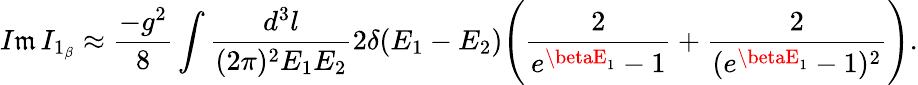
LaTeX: I\mathfrak{m}\, I_{1_{\beta}}\approx\frac{{-g^{2}}}{{8}}\int\frac{{d^{3}l}}{{(2\pi)^{2}E_{1}E_{2}}}2\delta(E_{1}-E_{2})\Bigg(\frac{{2}}{{e^{\betaE_{1}}-1}}+\frac{{2}}{{(e^{\betaE_{1}}-1)^{2}}}\Bigg).